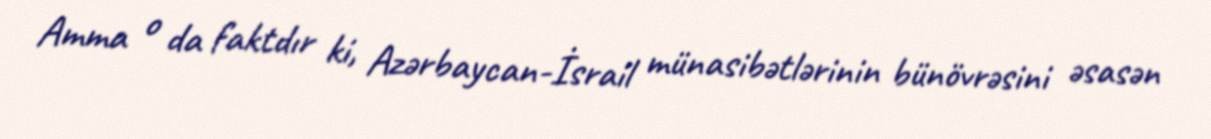
Amma o da faktdır ki, Azərbaycan-İsrail münasibətlərinin bünövrəsini əsasən